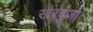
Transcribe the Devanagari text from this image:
खरबूज़ों